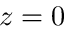
z = 0